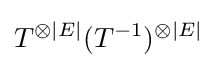
T^{\otimes |E|}(T^{-1})^{\otimes |E|}